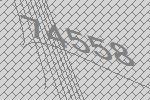
74558